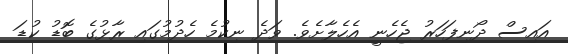
އައިސް ދޯނިފަހަރު ޖެހެނީ އެހެލާށެވެ. ވަދެ ނިކުމެ ހެދުމުގައި ރާޅުގެ ބޮޑު ކުޑަ